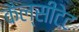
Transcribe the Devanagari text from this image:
कैल्सीटेट